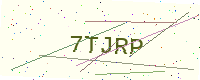
Text: 7TJRP